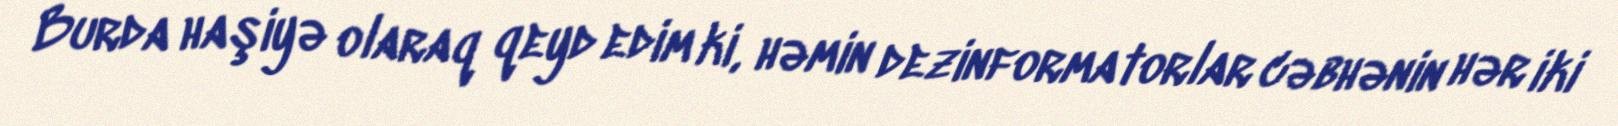
Burda haşiyə olaraq qeyd edim ki, həmin dezinformatorlar cəbhənin hər iki